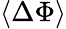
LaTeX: \left<\Delta\Phi\right>